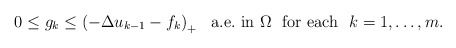
\begin{align*}0\le g_k\le \left(-\Delta u_{k-1}-f_k \right)_+\ \mbox{ a.e.~in } \Omega\ \mbox{ for each } \ k=1,\ldots,m.\end{align*}